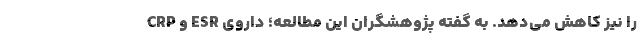
CRP و ESR‌ را نیز کاهش می‌دهد. به گفته پژوهشگران این مطالعه؛ داروی